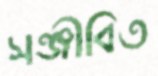
সঞ্জীবিত